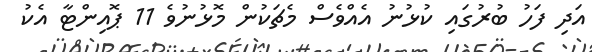
އަދި ފަހު ބުރުގައި ކުޅުނު އެއްވެސް މެޗަކުން މޮޅުނުވެ 11 ޕޮއިންޓާ އެކު